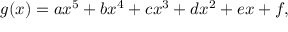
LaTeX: g ( x ) = a x ^ { 5 } + b x ^ { 4 } + c x ^ { 3 } + d x ^ { 2 } + e x + f ,